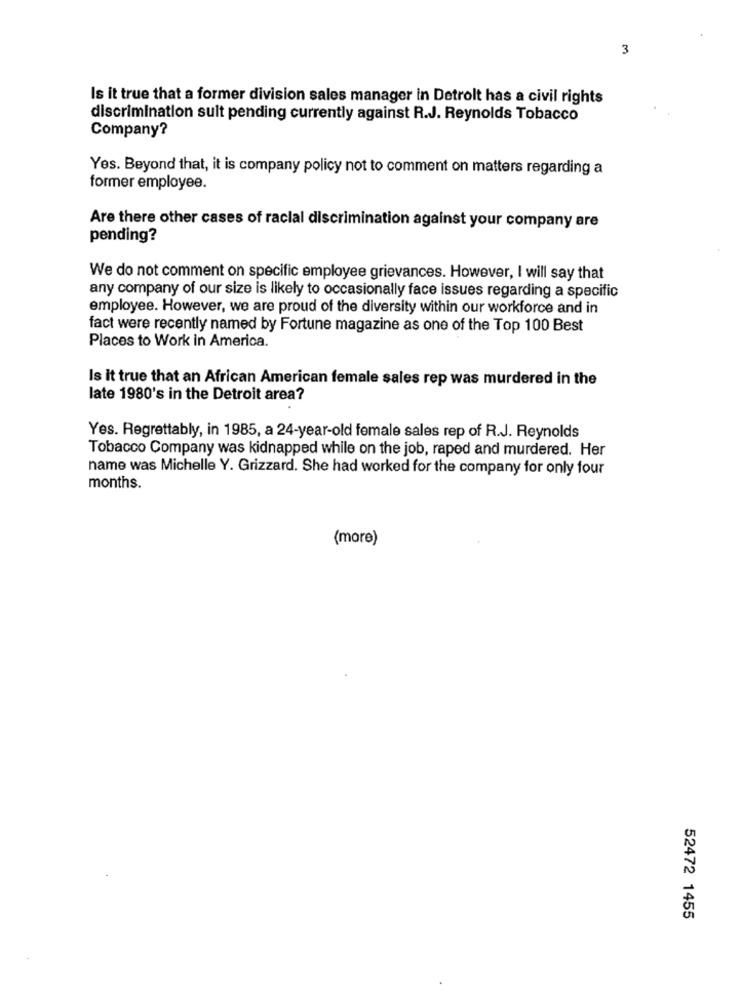
3
Is it true that a former division sales manager in Detrolt has a civil rights
discrimination sult pending currently against R.J. Reynolds Tobacco
Company?
Yes. Beyond that, it is company policy not to comment on matters regarding a
former employee.
Are there other cases of racial discrimination against your company are
pending?
We do not comment on specific employee grievances. However, I will say that
any company of our size is likely to occasionally face issues regarding a specific
employee. However, we are proud of the diversity within our workforce and in
fact were recently named by Fortune magazine as one of the Top 100 Best
Places to Work in America.
Is it true that an African American female sales rep was murdered in the
late 1980's in the Detroit area?
Yes. Regrettably, in 1985, a 24-year-old female sales rep of R.J. Reynolds
Tobacco Company was kidnapped while on the job, raped and murdered. Her
name was Michelle Y. Grizzard. She had worked for the company for only four
months.
(more)
52472 1455